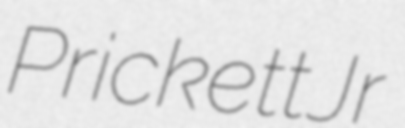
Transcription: Prickett Jr